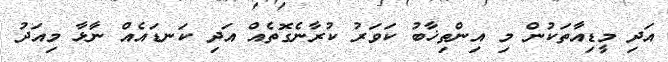
އަދި މީޑިއާތަކުން މި އިންތިޚާބު ކަވަރު ކުރާނެގޮތެއް އަދި ކަނޑައެއް ނާޅާ މިއަދު